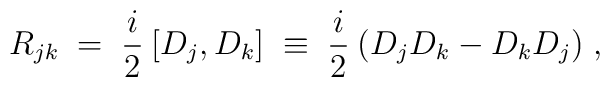
R_{jk} \;=\; \frac{i}{2} \: [D_j, D_k] \;\equiv\;\frac{i}{2} \: (D_j D_k - D_k D_j) \;,